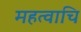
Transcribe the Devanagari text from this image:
महत्वाचि